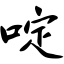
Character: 啶